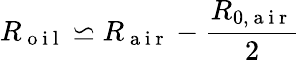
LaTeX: R_{\mathrm{~o~i~l~}}\backsimeq R_{\mathrm{~a~i~r~}}-\frac{R_{0,\mathrm{~a~i~r~}}}{2}